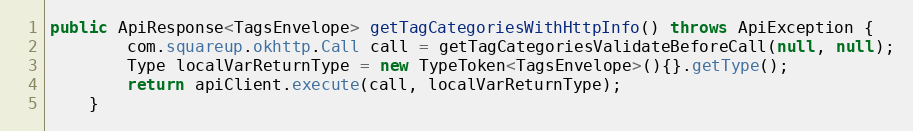
Language: Java
public ApiResponse<TagsEnvelope> getTagCategoriesWithHttpInfo() throws ApiException {
        com.squareup.okhttp.Call call = getTagCategoriesValidateBeforeCall(null, null);
        Type localVarReturnType = new TypeToken<TagsEnvelope>(){}.getType();
        return apiClient.execute(call, localVarReturnType);
    }